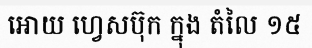
អោយ ហ្វេសប៊ុក ក្នុង តំលៃ ១៥